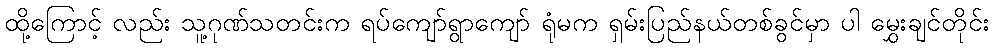
ထို့ကြောင့် လည်း သူ့ဂုဏ်သတင်းက ရပ်ကျော်ရွာကျော် ရုံမက ရှမ်းပြည်နယ်တစ်ခွင်မှာ ပါ မွှေးချင်တိုင်း